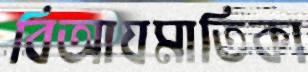
বিআযমাতিকা